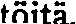
töitä.